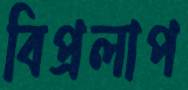
বিপ্রলাপ